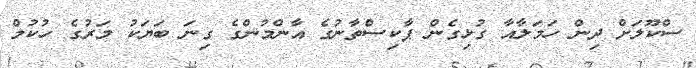
ސްކޫލަށް ދިން ހަމަލާއާ ގުޅިގެން ޕާކިސްތާނުގެ އާންމުންގެ ގިނަ ބަޔަކު މަރުގެ ހުކުމް